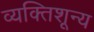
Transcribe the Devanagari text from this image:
व्यक्तिशून्य